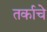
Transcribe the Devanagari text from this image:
तर्काचे